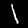
Label: 1